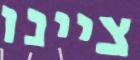
ציינו